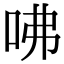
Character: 咈